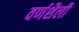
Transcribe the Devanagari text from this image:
वर्णशैली